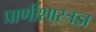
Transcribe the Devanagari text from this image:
प्राणीशास्त्रज्ञ